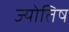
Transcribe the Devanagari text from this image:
ज्योतिष